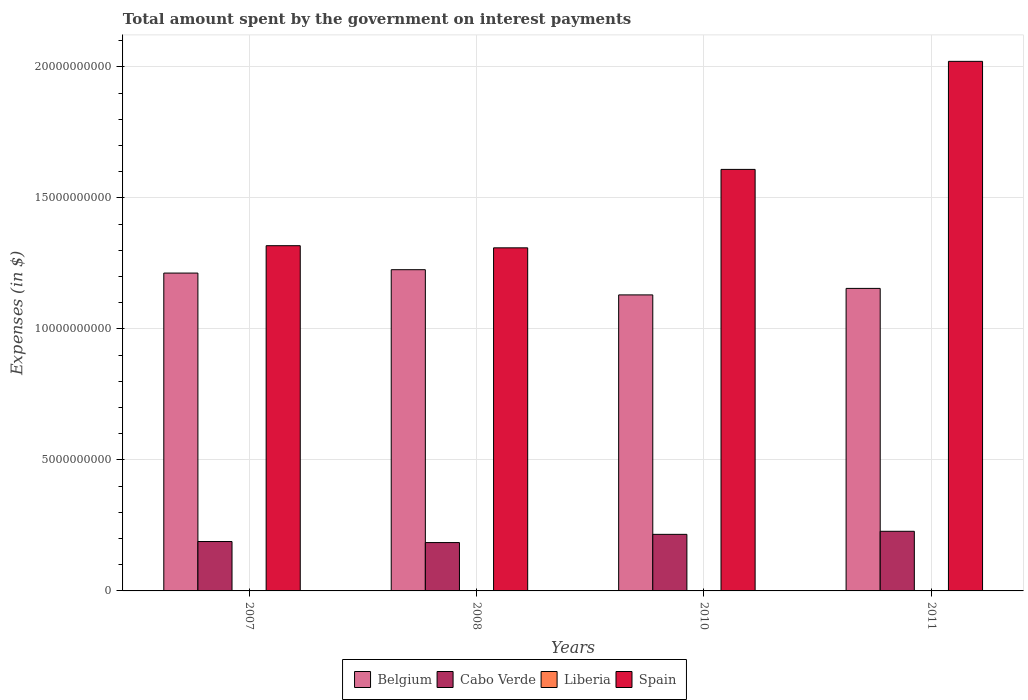
| Years | Belgium | Cabo Verde | Liberia | Spain |
 | --- | --- | --- | --- | --- |
 | 2007 | 1.21e+10 | 1.89e+09 | 2.2e+04 | 1.32e+10 |
 | 2008 | 1.23e+10 | 1.85e+09 | 7.01e+04 | 1.31e+10 |
 | 2010 | 1.13e+10 | 2.16e+09 | 1.88e+05 | 1.61e+10 |
 | 2011 | 1.15e+10 | 2.28e+09 | 2.44e+05 | 2.02e+10 |